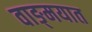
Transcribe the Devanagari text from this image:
वाङ्‍मयात